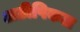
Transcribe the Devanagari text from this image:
अटीपिकल